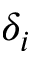
\delta _ { i }